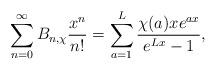
LaTeX: \begin{align*} \sum_{n = 0}^{\infty} B_{n, \chi} \frac{x^n}{n!} = \sum_{a = 1}^L \frac{\chi (a) x e^{a x}}{e^{L x} - 1}, \end{align*}